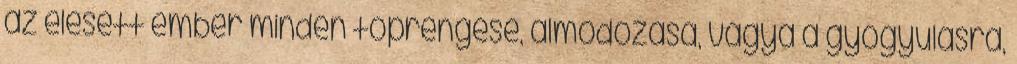
az elesett ember minden töprengése, álmodozása, vágya a gyógyulásra,